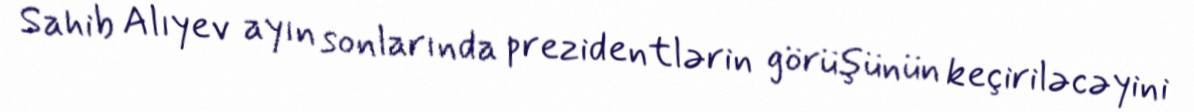
Sahib Alıyev ayın sonlarında prezidentlərin görüşünün keçiriləcəyini